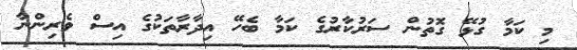
މި ކަމާ ގުޅޭ ގޮތުން ސަރުކާރުގެ ކަމާ ބެހޭ އިދާރާތަކުގެ އިސް ވެރިންނާ